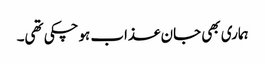
ہماری بھی جان عذاب ہوچکی تھی۔